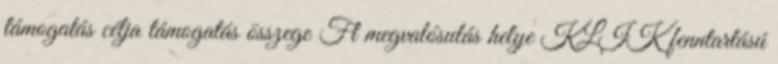
támogatás célja támogatás összege Ft megvalósulás helye KLIK fenntartású